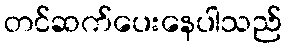
တင်ဆက်ပေးနေပါသည်